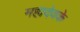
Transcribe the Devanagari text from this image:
महादेवके